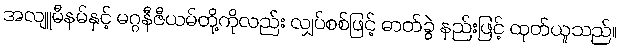
အလျူမီနမ်နှင့် မဂ္ဂနီဇီယမ်တို့ကိုလည်း လျှပ်စစ်ဖြင့် ဓာတ်ခွဲ နည်းဖြင့် ထုတ်ယူသည်။